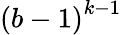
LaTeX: {(b-1)}^{k-1}